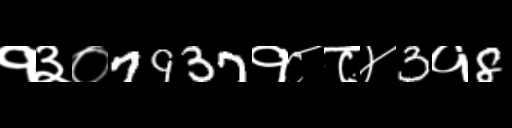
Text: १३०7937१८८४3१8